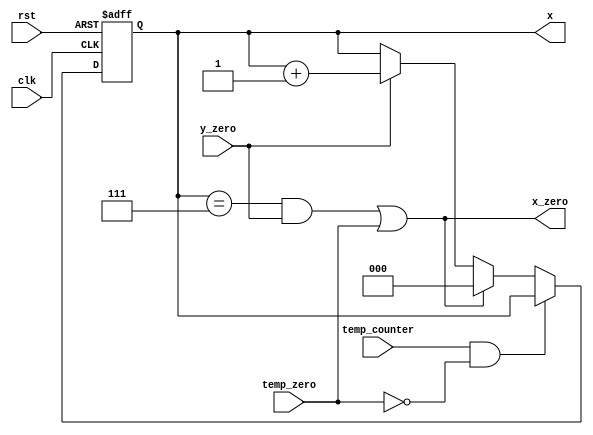
module x_count_L10(x,x_zero,y_zero,clk,rst,temp_counter,temp_zero);
input wire y_zero,rst,clk,temp_counter,temp_zero;
output reg [2:0] x;
output wire x_zero;

always @ (posedge clk or negedge rst)
	begin
		if (!rst )
			x<=0;
		else if (temp_counter&&!temp_zero);
		else if ((((x==7)&&y_zero)||temp_zero))
			x<=0;	
		else if (y_zero)
			x<=x+3'b001;
	end
assign x_zero=(((x==7)&&y_zero)||temp_zero);
endmodule